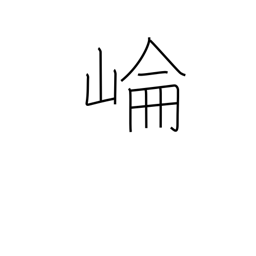
Meaning: Kunlun mountains in Jiangsu